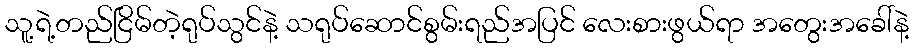
သူ့ရဲ့တည်ငြိမ်တဲ့ရုပ်သွင်နဲ့ သရုပ်ဆောင်စွမ်းရည်အပြင် လေးစားဖွယ်ရာ အတွေးအခေါ်နဲ့